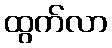
ထွက်လာ